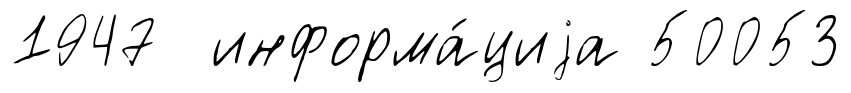
1947 информа́циjа 50053